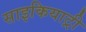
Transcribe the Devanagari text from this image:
साइकियाट्री